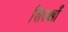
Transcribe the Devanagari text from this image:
सिख्खाँ